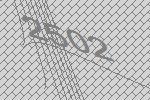
2502